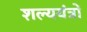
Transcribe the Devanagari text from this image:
शल्ययंत्रों